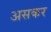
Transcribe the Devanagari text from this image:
असकर